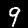
Digit: 9